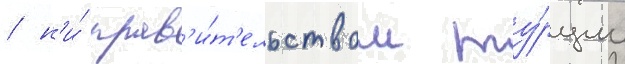
/ н'и́ прав'и́т'ельством ту́рции